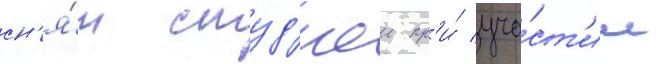
сн'я́т студ'иеи пр'и́ уча́ст'ии